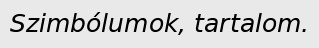
Szimbólumok, tartalom.